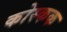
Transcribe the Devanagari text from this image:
कोस्कक